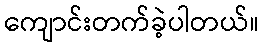
ကျောင်းတက်ခဲ့ပါတယ်။